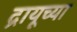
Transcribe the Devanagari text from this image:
द्रायूच्या